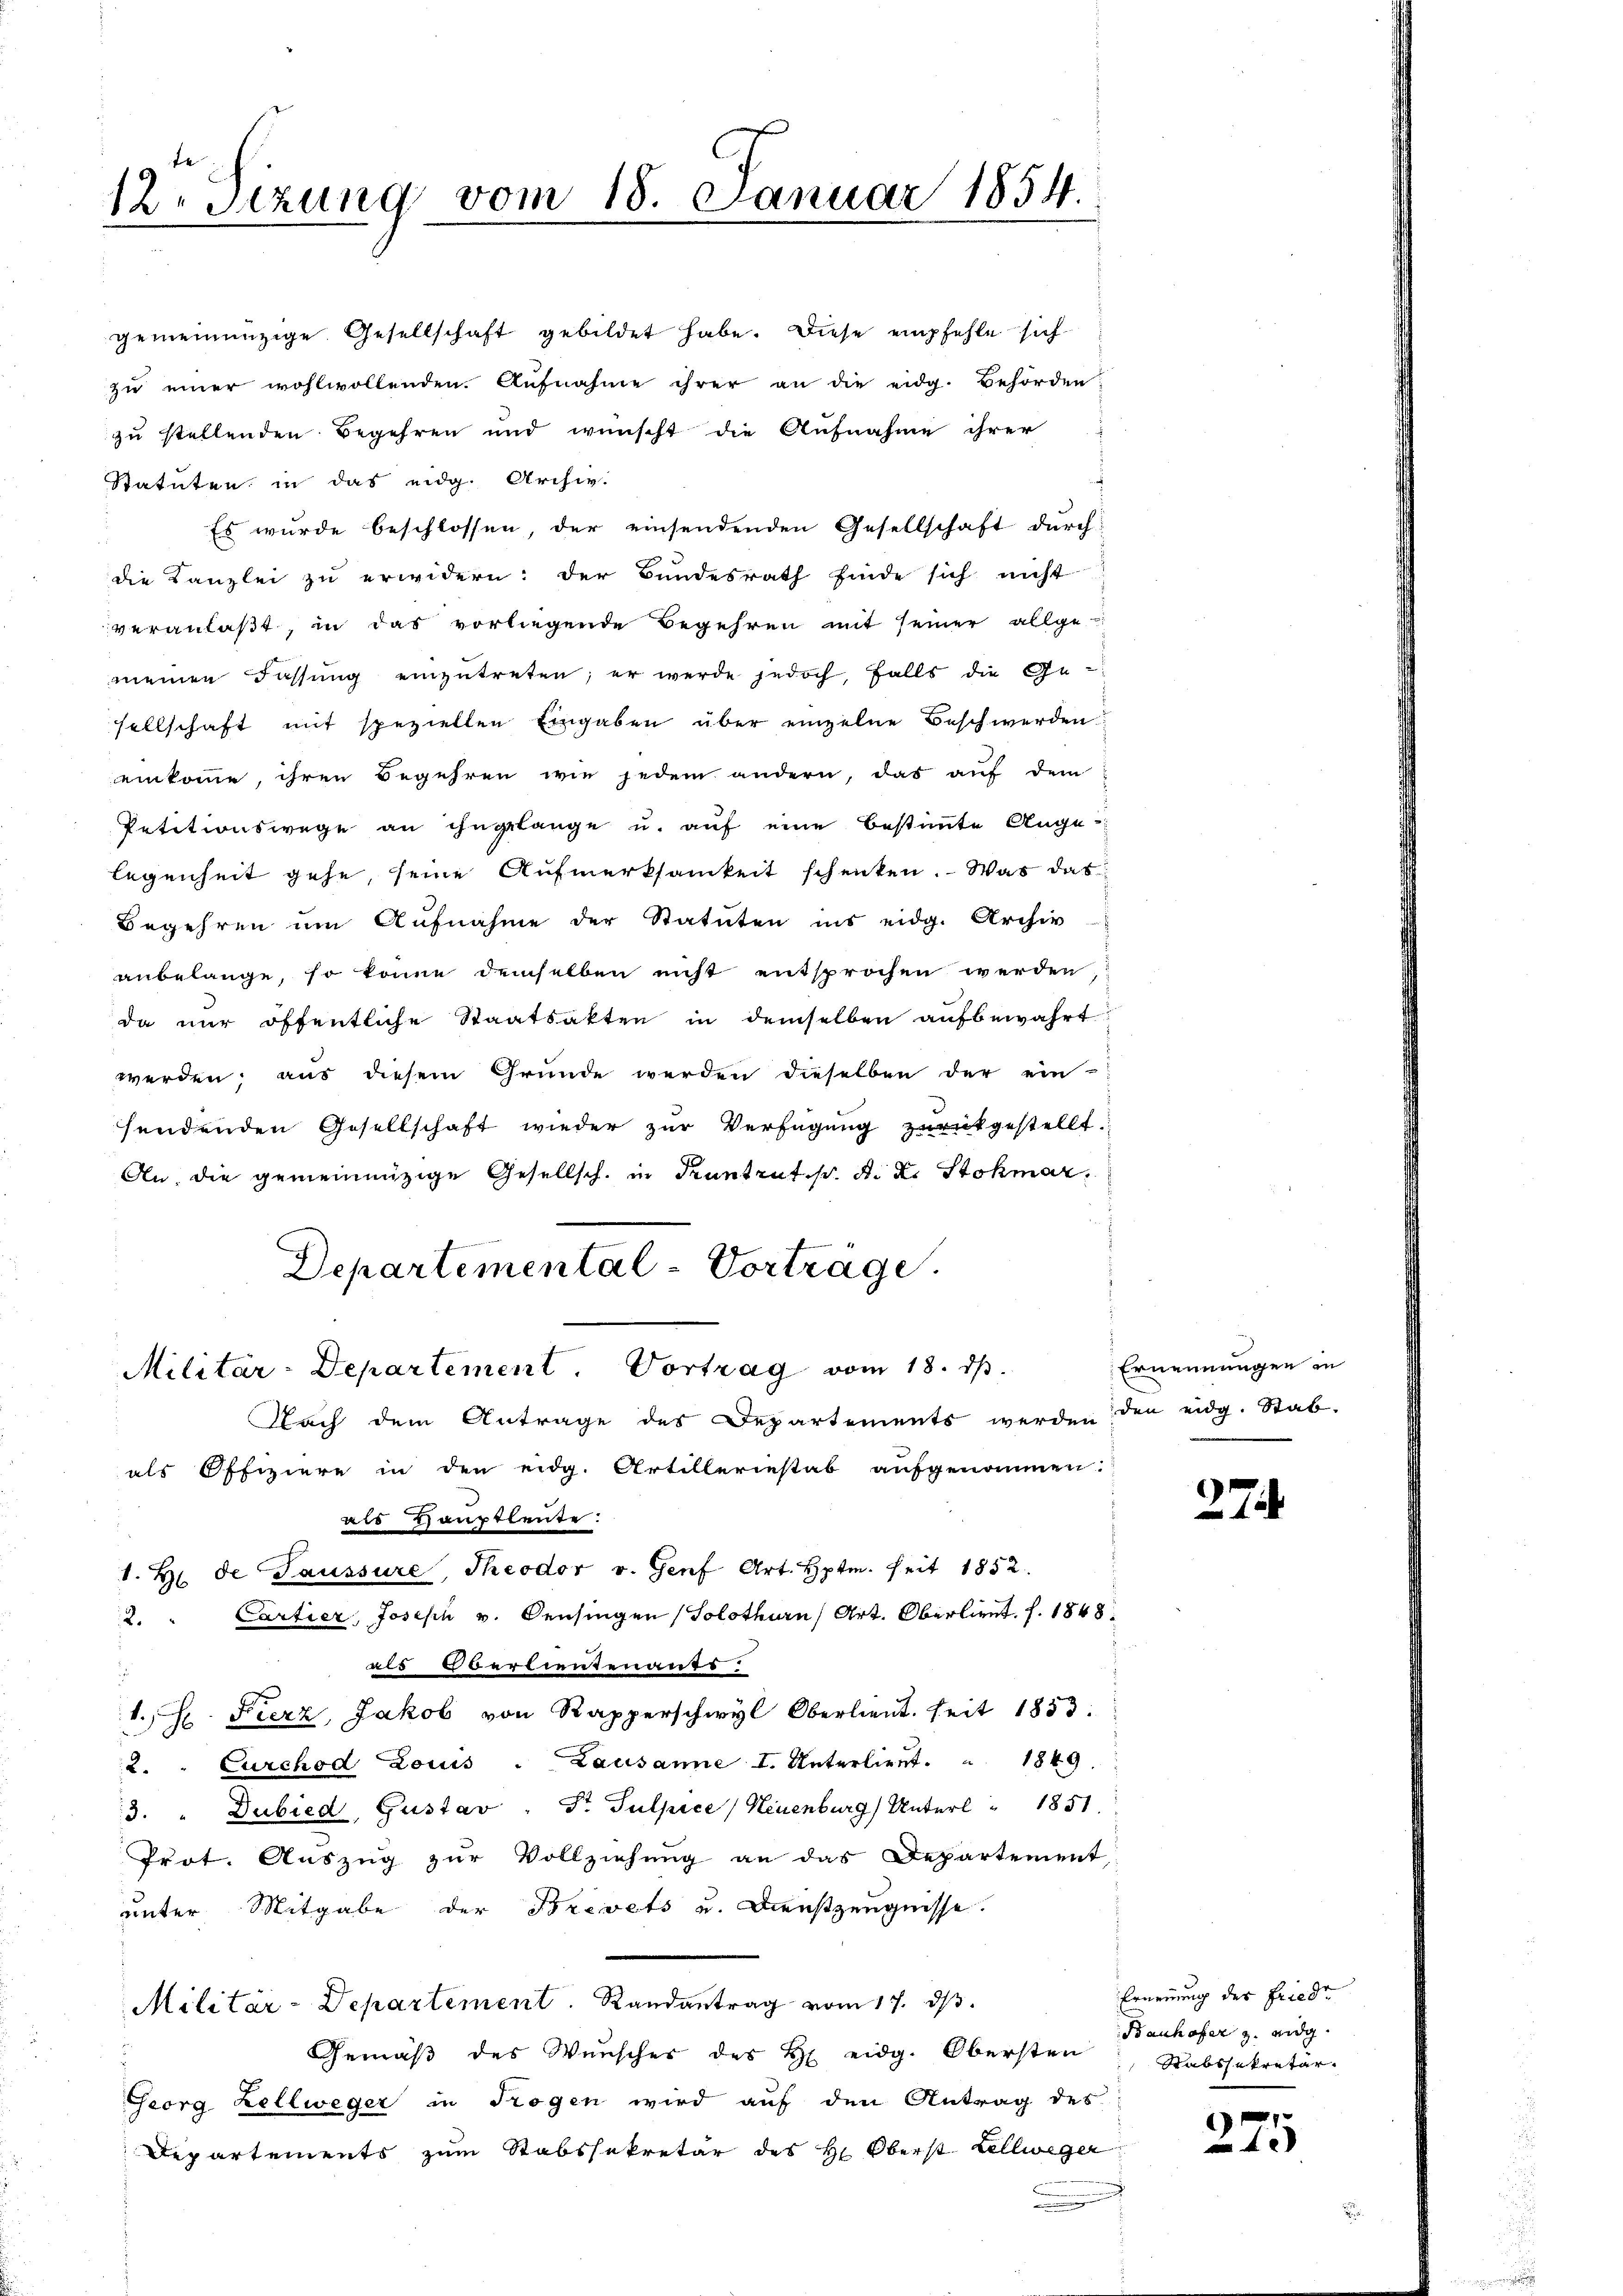
12. Setzung vom 18. Januar 1854.

gemeinenzige Gesellschaft gebildet habe. Diese empfehle sich
zu einer wohlwollenden Aufnahme ihrer an die eidg. Behörden
zu stellenden Begehren und wünscht die Aufnahme ihrer
Statuten in das eidg. Archiv.
Es wurde beschlossen, der einsendenden Gesellschaft durch
die Kanzlei zu erwidern: der Bundesrath finde sich nicht
veranlaßt, in das vorliegende Begehren mit seiner allge-
meinen Fassung einzŭtreten; er werde jedoch, falls die Ge-
sellschaft mit speziellen Eingaben über einzelne Beschwerden
einkomme, ihren Begehren wie jedem andern, das auf dem
Petitionswege an ihngelange u. auf eine bestimmte Auge
legenheit gehe, seine Aufmerksamkeit schenken. Was das
Begehren um Aufnahme der Statuten ins eidg. Archiv
anbelange, so könne demselben nicht entsprochen werden,
da nur öffentliche Staatsakten in demselben aufbewahrt
werden; aus diesem Gründe werden dieselben der ein
sendenden Gesellschaft wieder zur Verfügung zurückgestellt
An die gemeinnüzige Gesellsch. in Kuntruth. A. L. Stohmar
Departemental-Vortrage.
Militär-Departement. Vortrag vom 18. d.
Nach dem Antrage des Departements werden den eidg. Stab-
als Offiziere in den eidg. Artilleriestab aufgenommen.
ass Hauptleute
1. H. de Gaussure, Theodor v. Genf Art. Hptm. seit 1852.
2. " Cartier, Joseph v. Densingen (Solothurn, Art. Oberlieut. f. 1848.
 als Oberlieutenants.
1.H. Fierz, Jakob von Rapperschwyl Oberlieŭt. seit 1853.
2. " Curchod Louis - Lausanne I. Unterlieut. " 1849
3. " Dubied, Gustav " Dr. Pulpice) Neuenburg) Unterl  "   1851
Prot. Auszug zur Vollziehung an das Departement,
unter Mitgabe der Brevets u. Dienstzeugnisse.
Militär-Departement. Randantrag vom 17. dβ.
Gemäß des Wunscher des H. eidg. Obersten
Georg Zellweger in Trogen wird auf den Antrag des
Departements zum Stabssekretär des H. Oberst Zellweger
.

Ernennungen in

274

Ernennung der Fried
Banhofer z. eidg.
Rabssekretär.

1
4